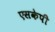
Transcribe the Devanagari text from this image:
एसकेपी